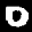
Label: 0